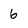
Character: 6